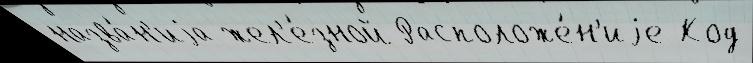
назва́н'иjа жел'е́зной Расположе́н'иjе Код